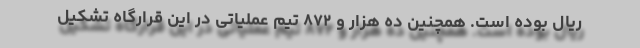
ریال بوده است. همچنین ده هزار و ۸۷۲ تیم عملیاتی در این قرارگاه تشکیل